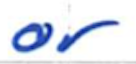
Text: or
Cross-out: clean
Writing tool: ballpoint